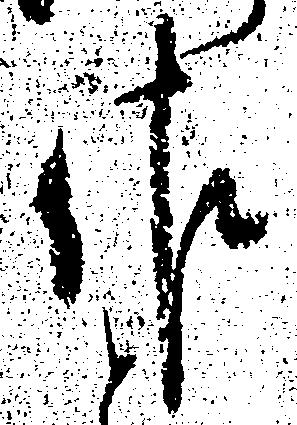
佐